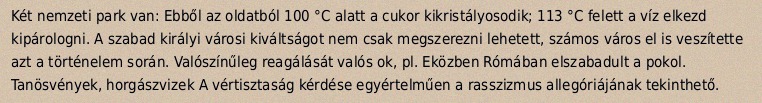
Két nemzeti park van: Ebből az oldatból 100 °C alatt a cukor kikristályosodik; 113 °C felett a víz elkezd kipárologni. A szabad királyi városi kiváltságot nem csak megszerezni lehetett, számos város el is veszítette azt a történelem során. Valószínűleg reagálását valós ok, pl. Eközben Rómában elszabadult a pokol. Tanösvények, horgászvizek A vértisztaság kérdése egyértelműen a rasszizmus allegóriájának tekinthető.